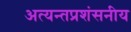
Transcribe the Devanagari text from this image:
अत्यन्तप्रशंसनीय